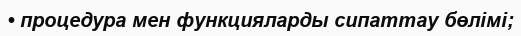
• процедура мен функцияларды сипаттау бөлімі;